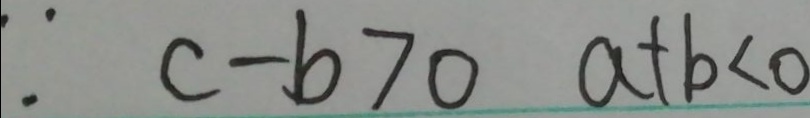
\because c - b > 0 a + b < 0